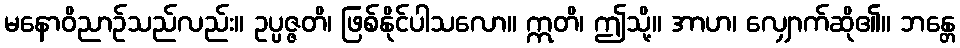
မနောဝိညာဉ်သည်လည်း။ ဥပ္ပဇ္ဇတိ၊ ဖြစ်နိုင်ပါသလော။ ဣတိ၊ ဤသို့။ အာဟ၊ လျှောက်ဆို၏။ ဘန္တေ